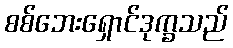
စစ်ဘေးရှောင်ဒုက္ခသည်